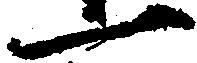
一